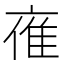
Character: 𪜤